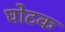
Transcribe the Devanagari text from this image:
घोटक